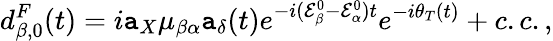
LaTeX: d_{\beta,0}^{F}(t)=i\mathtt{a}_{X}\mu_{\beta\alpha}\mathtt{a}_{\delta}(t)e^{-i(\mathcal{{E}}_{\beta}^{0}-\mathcal{{E}}_{\alpha}^{0})t}e^{-i\theta_{T}(t)}+c.c.,